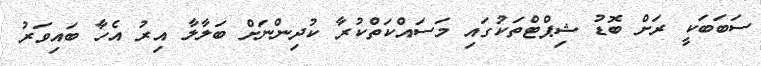
ސަބަބަކީ ރަށް ބޮޑު ޝިޕްޓްތަކުގައި މަސައްކަތްކުރާ ކުދިންނަށް ބަލާލާ އިރު އެހާ ބައިވަރު